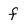
Character: f